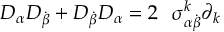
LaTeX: { \cal D } _ { \alpha } { \cal D } _ { \dot { \beta } } + { \cal D } _ { \dot { \beta } } { \cal D } _ { \alpha } = 2 \ \ { \sigma } _ { \alpha \dot { \beta } } ^ { k } \partial _ { k }